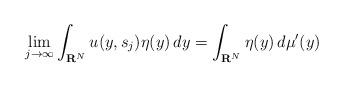
LaTeX: \begin{align*}\lim_{j\to\infty}\int_{{\bf R}^N}u(y,s_j)\eta(y)\,dy=\int_{{\bf R}^N}\eta(y)\,d\mu'(y)\end{align*}